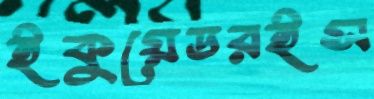
ইকুয়েডরইস